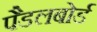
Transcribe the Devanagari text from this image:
पैडलबोर्ड